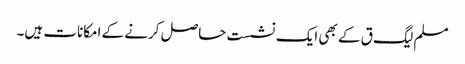
مسلم لیگ ق کے بھی ایک نشست حاصل کرنے کے امکانات ہیں۔